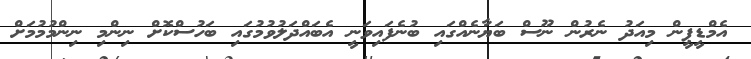
އެމްޑީޕީން މިއަދު ނެރުން ނޫސް ބަޔާނެއްގައި ބުނެފައިވަނީ އެބައްދަލުވުމުގައި ބަހުސްކޮށް ނިންމި ނިންމުމުމަށް